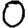
Digit: 0